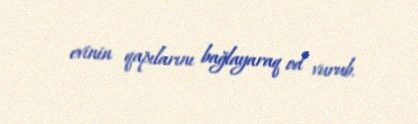
evinin qapılarını bağlayaraq od vurub.